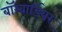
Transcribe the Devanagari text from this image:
बॉम्बार्डियर